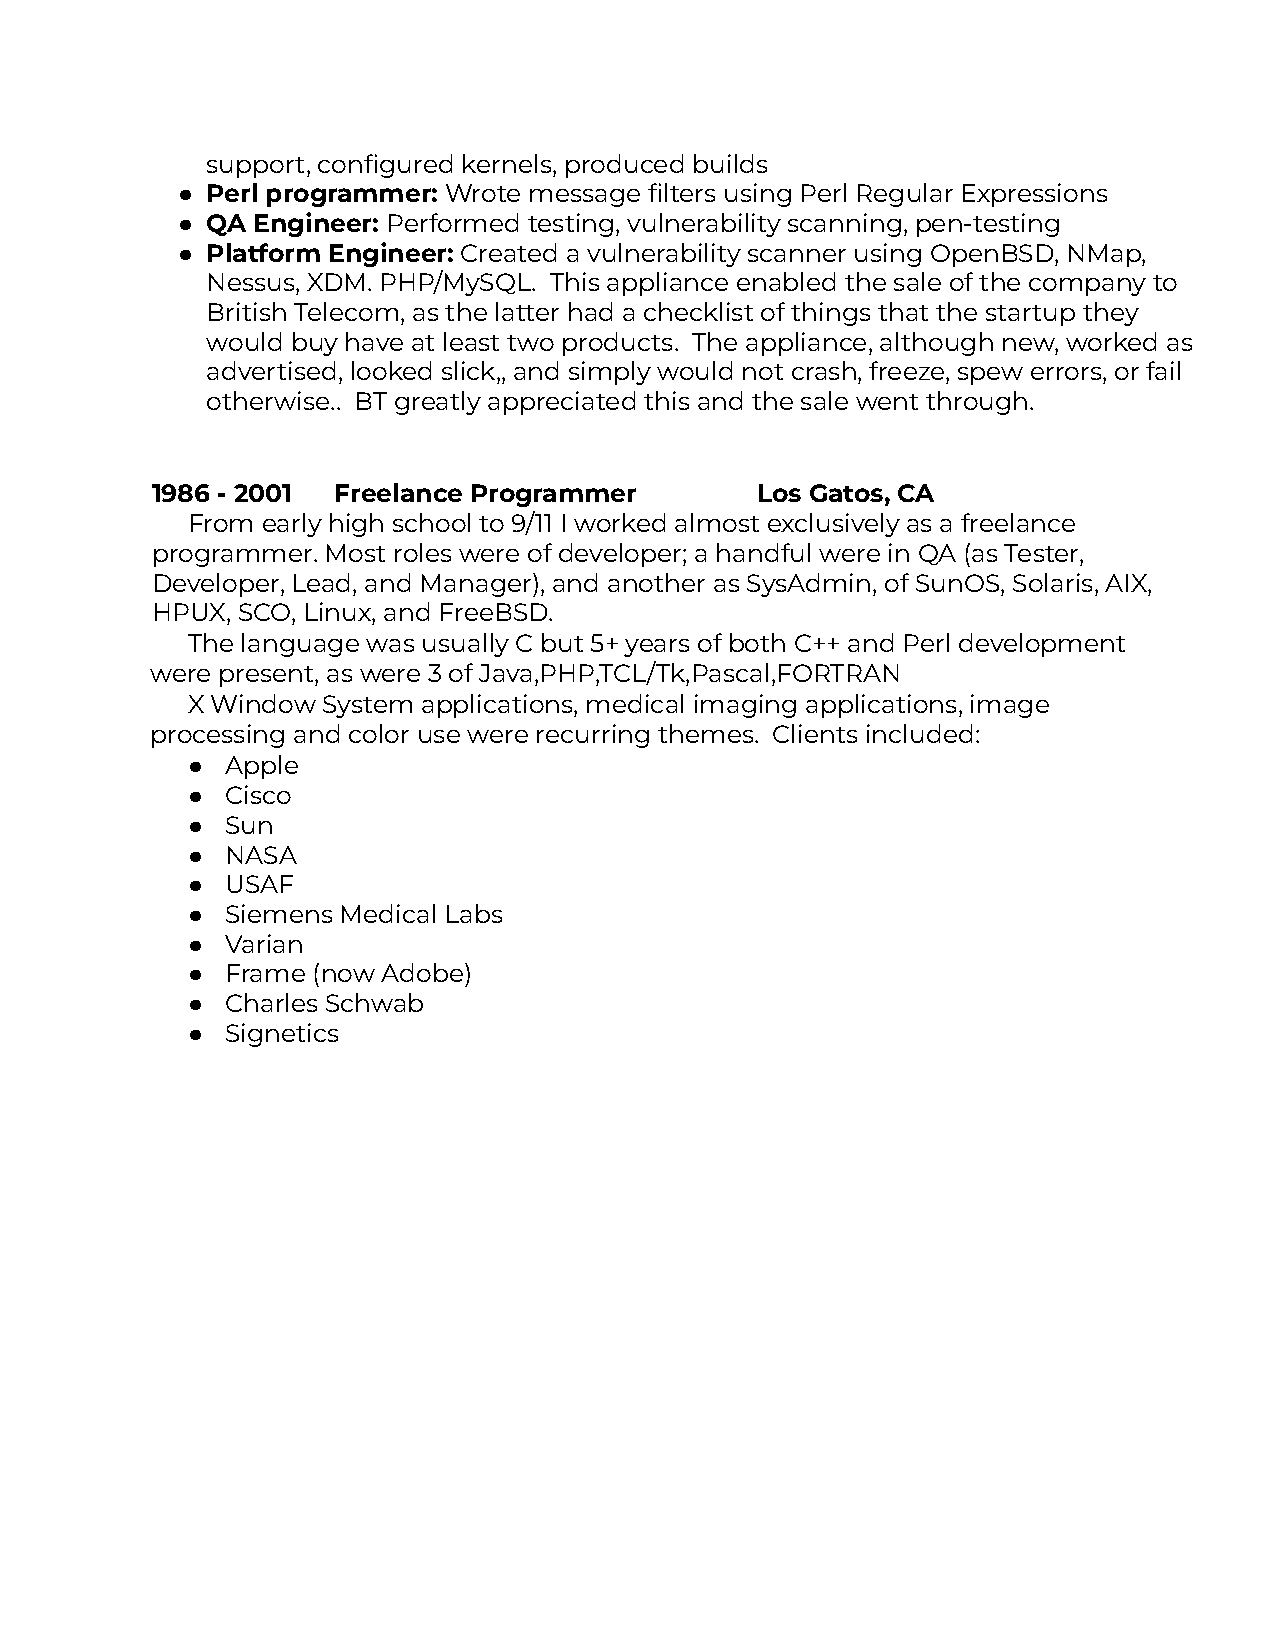
support, configured kernels, produced builds
 ● Perl programmer: Wrote message filters using Perl Regular Expressions
 ● QA Engineer: Performed testing, vulnerability scanning, pen-testing
 ● Platform Engineer: Created a vulnerability scanner using OpenBSD, NMap,
 Nessus, XDM. PHP/MySQL. This appliance enabled the sale of the company to
 British Telecom, as the latter had a checklist of things that the startup they
 would buy have at least two products. The appliance, although new, worked as
 advertised, looked slick,, and simply would not crash, freeze, spew errors, or fail
 otherwise.. BT greatly appreciated this and the sale went through.
 1986 - 2001 Freelance Programmer        Los Gatos, CA
 From early high school to 9/11 I worked almost exclusively as a freelance
 programmer. Most roles were of developer; a handful were in QA (as Tester,
 Developer, Lead, and Manager), and another as SysAdmin, of SunOS, Solaris, AIX,
 HPUX, SCO, Linux, and FreeBSD.
 The language was usually C but 5+ years of both C++ and Perl development
 were present, as were 3 of Java,PHP,TCL/Tk,Pascal,FORTRAN
 X Window System applications, medical imaging applications, image
 processing and color use were recurring themes. Clients included:
 ●  Apple
 ●  Cisco
 ●  Sun
 ●  NASA
 ●  USAF
 ●  Siemens Medical Labs
 ●  Varian
 ●  Frame (now Adobe)
 ●  Charles Schwab
 ●  Signetics